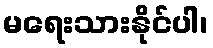
မရေးသားနိုင်ပါ၊